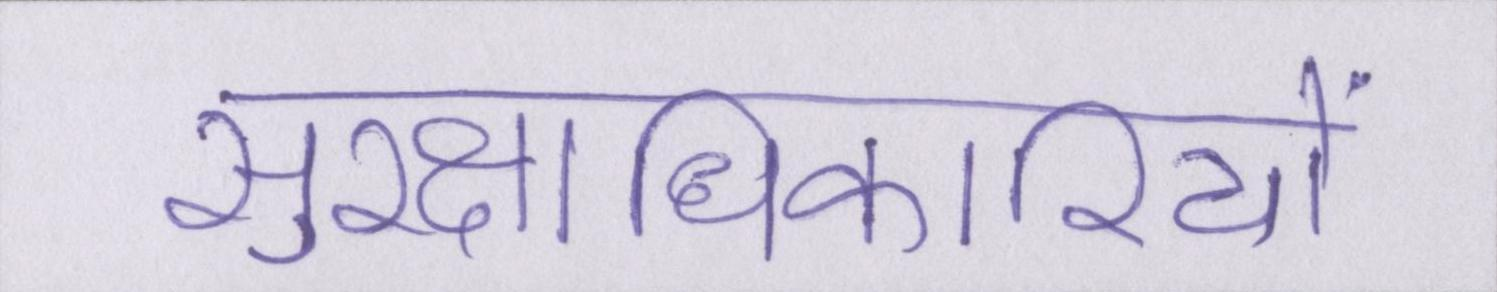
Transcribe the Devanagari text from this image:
सुरक्षाधिकारियों